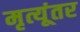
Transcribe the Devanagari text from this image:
मृत्यूंतर